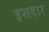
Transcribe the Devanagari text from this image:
इसदार